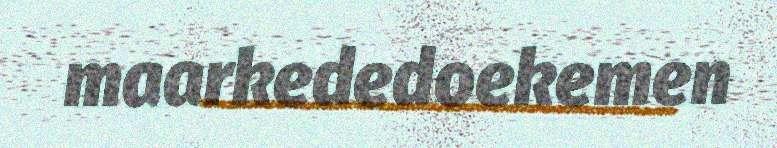
maarkededoekemen